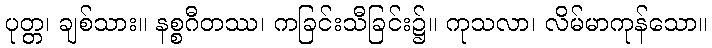
ပုတ္တ၊ ချစ်သား။ နစ္စဂီတဿ၊ ကခြင်းသီခြင်း၌။ ကုသလာ၊ လိမ်မာကုန်သော။